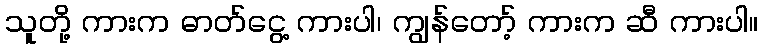
သူတို့ ကားက ဓာတ်ငွေ့ ကားပါ၊ ကျွန်တော့် ကားက ဆီ ကားပါ။